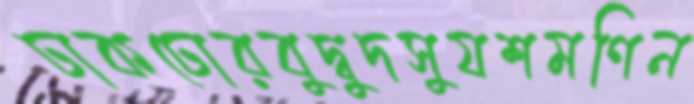
ঢাকঢোরবুদ্বুদসুযশমণিন